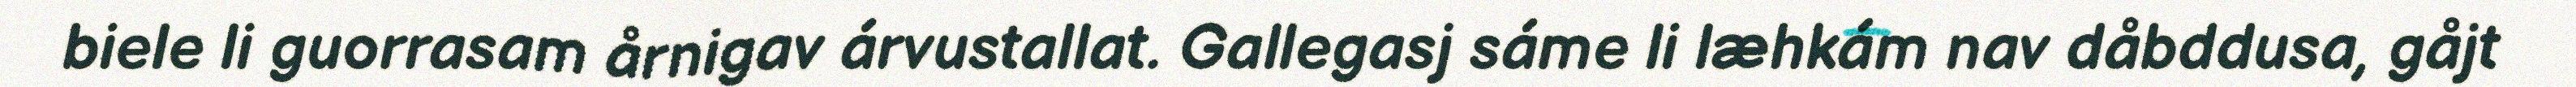
biele li guorrasam årnigav árvustallat. Gallegasj sáme li læhkám nav dåbddusa, gåjt